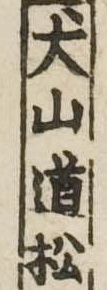
犬山道松